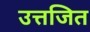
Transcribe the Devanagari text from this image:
उत्तजित